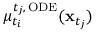
\mu _ { t _ { i } } ^ { t _ { j } , \, \mathrm { O D E } } ( \mathbf { x } _ { t _ { j } } )